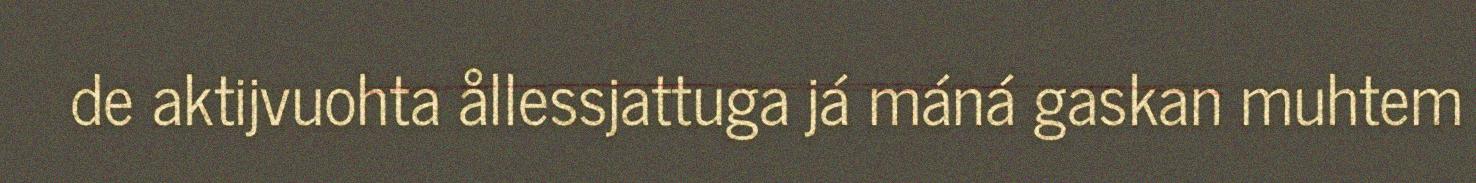
de aktijvuohta ållessjattuga já máná gaskan muhtem